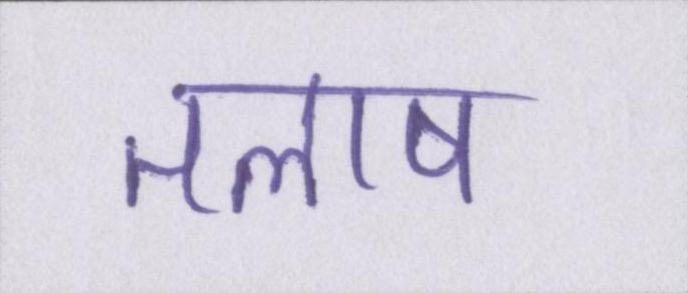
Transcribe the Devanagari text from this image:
तलाष